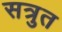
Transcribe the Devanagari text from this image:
सत्रुत